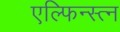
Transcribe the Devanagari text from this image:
एल्फिन्स्त्न